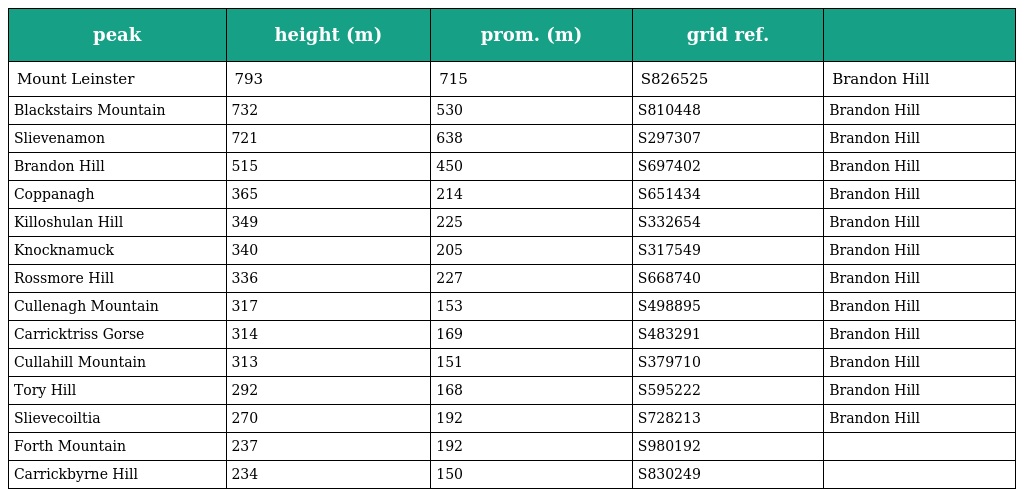
| peak | height (m) | prom. (m) | grid ref. |  |
 | --- | --- | --- | --- | --- |
 | Mount Leinster | 793 | 715 | S826525 | Brandon Hill |
 | Blackstairs Mountain | 732 | 530 | S810448 | Brandon Hill |
 | Slievenamon | 721 | 638 | S297307 | Brandon Hill |
 | Brandon Hill | 515 | 450 | S697402 | Brandon Hill |
 | Coppanagh | 365 | 214 | S651434 | Brandon Hill |
 | Killoshulan Hill | 349 | 225 | S332654 | Brandon Hill |
 | Knocknamuck | 340 | 205 | S317549 | Brandon Hill |
 | Rossmore Hill | 336 | 227 | S668740 | Brandon Hill |
 | Cullenagh Mountain | 317 | 153 | S498895 | Brandon Hill |
 | Carricktriss Gorse | 314 | 169 | S483291 | Brandon Hill |
 | Cullahill Mountain | 313 | 151 | S379710 | Brandon Hill |
 | Tory Hill | 292 | 168 | S595222 | Brandon Hill |
 | Slievecoiltia | 270 | 192 | S728213 | Brandon Hill |
 | Forth Mountain | 237 | 192 | S980192 |  |
 | Carrickbyrne Hill | 234 | 150 | S830249 |  |